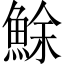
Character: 鮽